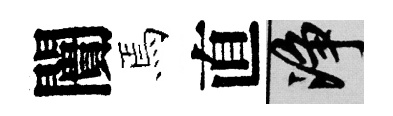
闠焉直净